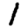
Digit: 1